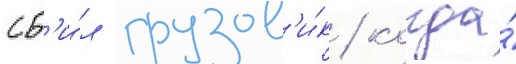
сб'и́л грузов'и́к / когда́